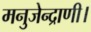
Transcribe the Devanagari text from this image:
मनुजेन्द्राणी।